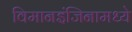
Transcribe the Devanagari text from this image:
विमानइंजिनामध्ये